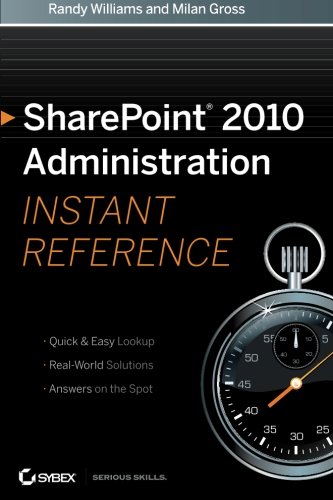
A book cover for SharePoint 2010 Administration Instant Reference; Randy Williams; Computers & Technology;